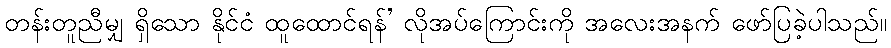
တန်းတူညီမျှ ရှိသော နိုင်ငံ ထူထောင်ရန်’ လိုအပ်ကြောင်းကို အလေးအနက် ဖော်ပြခဲ့ပါသည်။